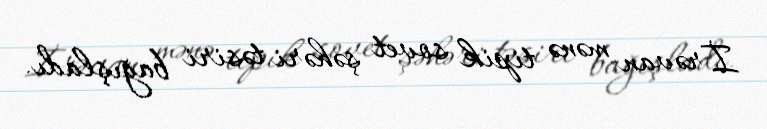
İrəvan mənə tipik sovet şəhəri təsiri bağışladı.